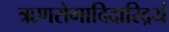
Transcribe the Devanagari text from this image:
ऋणरोगादिदारिद्रयं